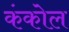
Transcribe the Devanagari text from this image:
कंकोल